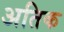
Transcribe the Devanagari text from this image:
अतिक